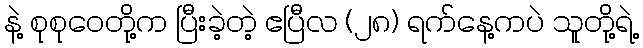
နဲ့ စုစုဝေတို့က ပြီးခဲ့တဲ့ ဧပြီလ (၂၈) ရက်နေ့ကပဲ သူတို့ရဲ့